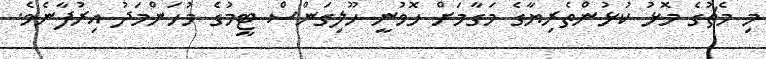
މި މެޗުގެ މޮޅު ކުޅުންތެރިޔާގެ މަގާމަށް ހޮވުނީ ހޫލިގަންސް ޓީމުގެ މުހަންމަދު އިރުފާނެވެ.